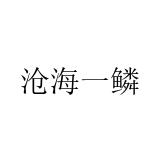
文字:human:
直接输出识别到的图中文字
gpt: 沧海一鳞